65_HS1-834228961_62-HQ-83894_Section_4
Agency: FBI
Page 11
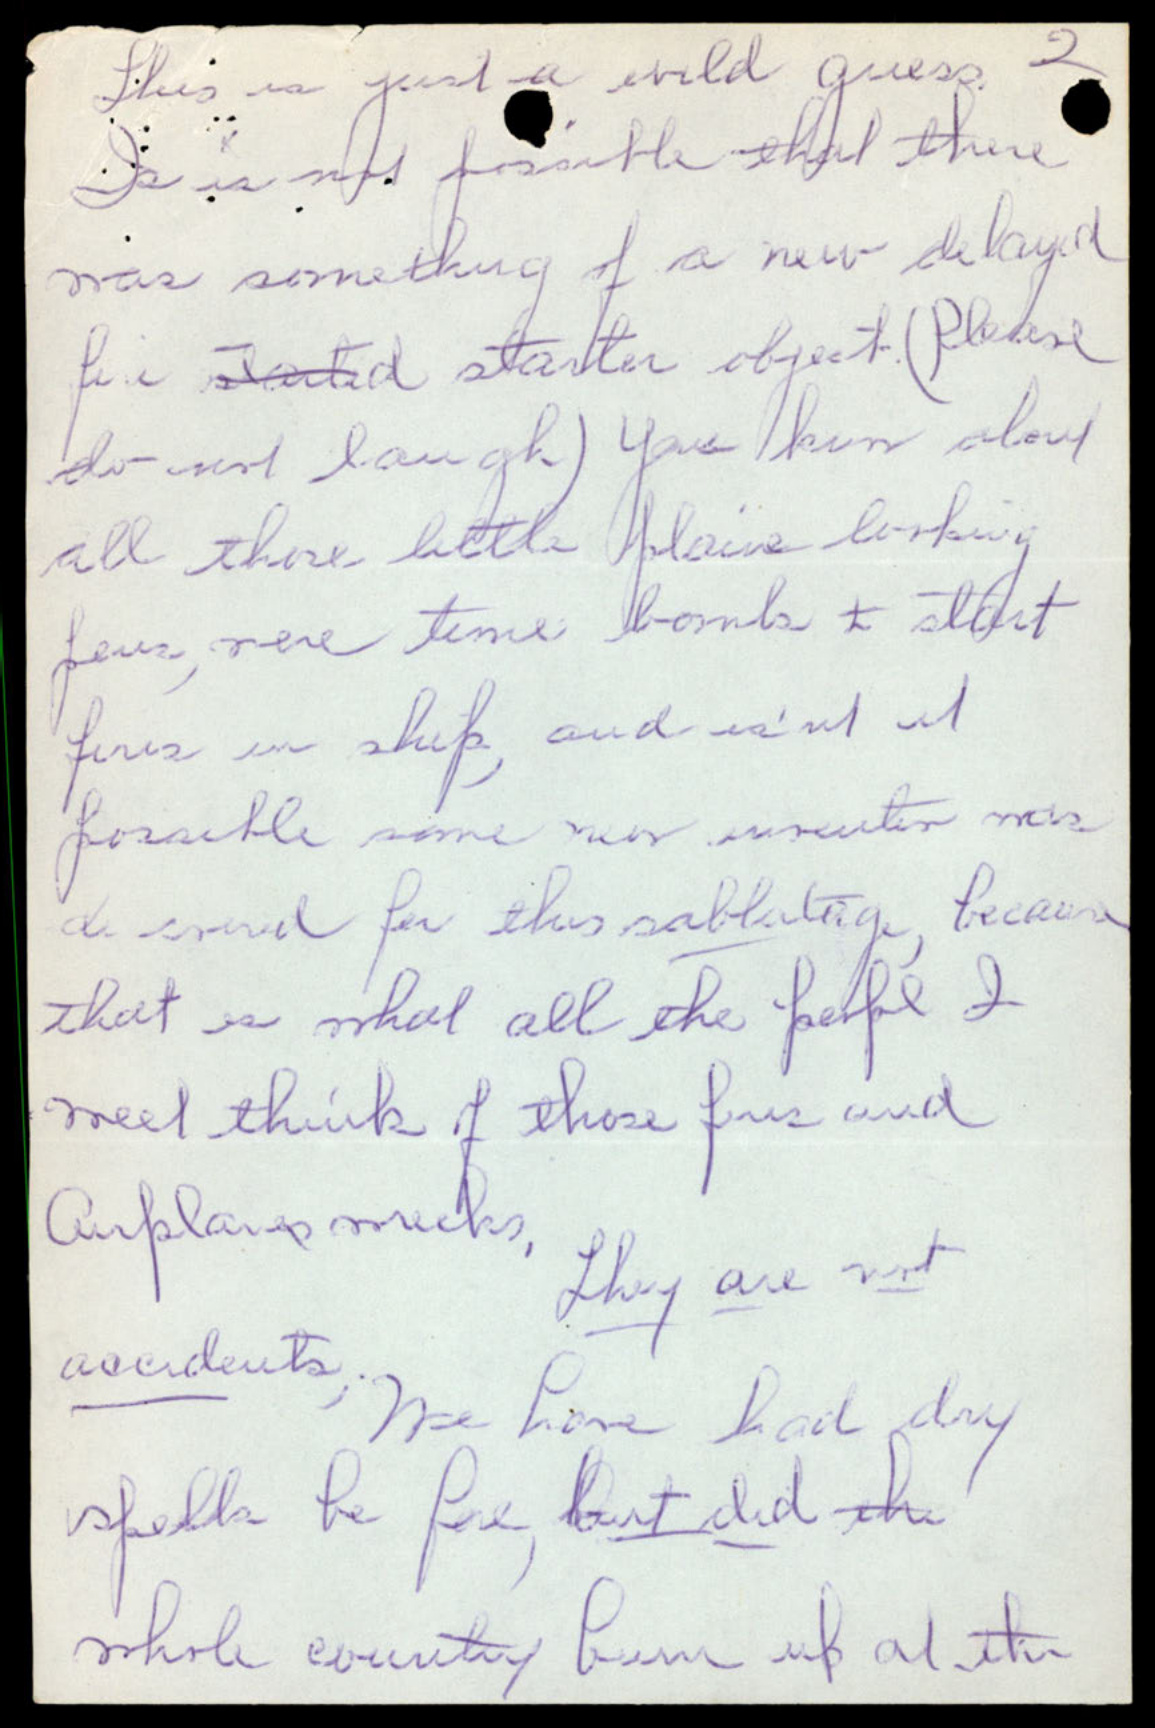